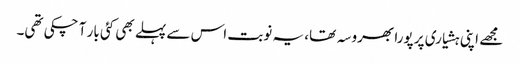
مجھے اپنی ہشیاری پر پورا بھروسہ تھا، یہ نوبت اس سے پہلے بھی کئی بار آ چکی تھی۔